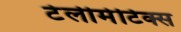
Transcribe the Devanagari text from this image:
टेलीमेटिक्स